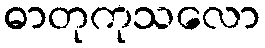
ဓာတုကုသလော